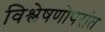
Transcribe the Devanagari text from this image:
विश्लेषणोपरांत